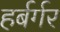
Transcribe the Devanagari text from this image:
हर्बर्गर